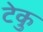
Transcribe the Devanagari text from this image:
टेकु